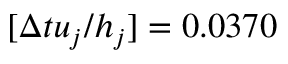
[ \Delta t u _ { j } / h _ { j } ] = 0 . 0 3 7 0